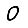
Digit: 0